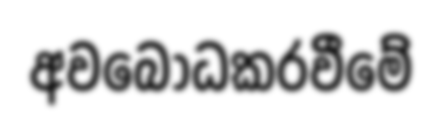
අවබෝධකරවීමේ